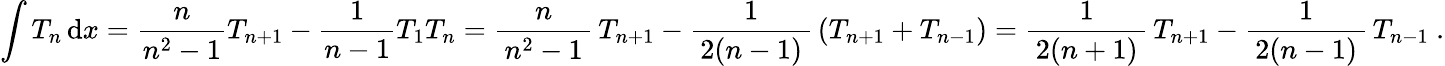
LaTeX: \int T_{n}\, \mathrm{d}x={\frac{n}{n^{2}-1}}T_{n+1}-{\frac{1}{n-1}}T_{1}T_{n}={\frac{n}{\, n^{2}-1\, }}\, T_{n+1}-{\frac{1}{\, 2(n-1)\, }}\, (T_{n+1}+T_{n-1})={\frac{1}{\, 2(n+1)\, }}\, T_{n+1}-{\frac{1}{\, 2(n-1)\, }}\, T_{n-1}~.